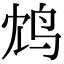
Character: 鸩